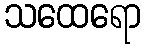
သထေရော